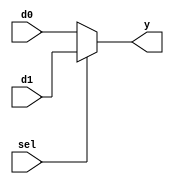
module b2_mux_2_1_if
(
  input      [1:0] d0,
  input      [1:0] d1,
  input            sel,
  output reg [1:0] y
);

  always @ (*)
  begin
    if(sel)
      y = d1;
    else 
      y = d0;
  end
endmodule